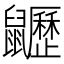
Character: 𪖍